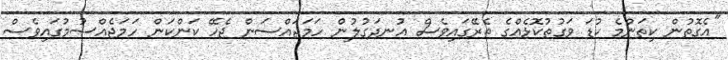
"އެގޮތުން ކިތަންމެ ކުޑަ ވަގުތުކޮޅެއްގެ ތެރޭގައިވެސް އުނދަގުލުން ހަމަޖައްސަން ޖެހޭ ކަންކަން ހަމަޖެއްސުމުގައިވެސް